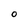
Character: O